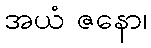
အယံ ဇနော၊